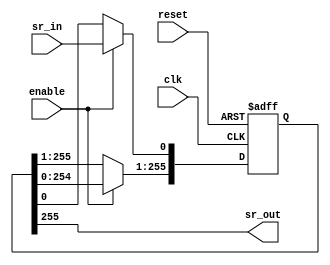
// Quartus II Verilog Template
// One-bit wide, N-bit long shift register with asynchronous reset

module basic_shift_register_asynchronous_reset
#(parameter N=256)
(
	input clk, enable, reset,
	input sr_in,
	output sr_out
);

	// Declare the shift register
	reg [N-1:0] sr;

	// Shift everything over, load the incoming bit
	always @ (posedge clk or posedge reset)
	begin
		if (reset == 1'b1)
		begin
			// Load N zeros 
			sr <= {N{1'b0}};
		end
		else if (enable == 1'b1)
		begin
			sr[N-1:1] <= sr[N-2:0];
			sr[0] <= sr_in;
		end
	end

	// Catch the outgoing bit
	assign sr_out = sr[N-1];

endmodule